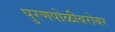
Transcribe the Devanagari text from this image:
पुरणपोळीबरोबर